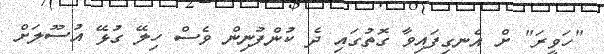
"ހަވީރަ" ށް އެނގިފައިވާ ގޮތުގައި ދެ ކުންފުނިން ވެސް ހިލޭ ގުޅޭ އުސޫލަށް